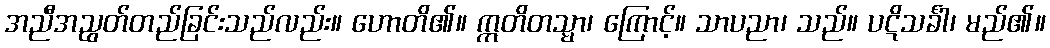
အညီအညွတ်တည်ခြင်းသည်လည်း။ ဟောတိ၏။ ဣတိတသ္မာ၊ ကြောင့်။ သာပညာ၊ သည်။ ပဋိသင်္ခါ၊ မည်၏။